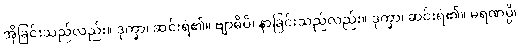
အိုခြင်းသည်လည်း။ ဒုက္ခာ၊ ဆင်းရဲ၏။ ဗျာဓိပိ၊ နာခြင်းသည်လည်း။ ဒုက္ခာ၊ ဆင်းရဲ၏။ မရဏမ္ပိ၊